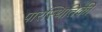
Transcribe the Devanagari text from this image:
पारस्थितिकी